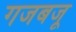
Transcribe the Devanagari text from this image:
गजबजू